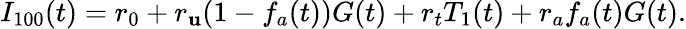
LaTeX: I_{100}(t)=r_{0}+r_{\mathbf{u}}(1-f_{a}(t))G(t)+r_{t}T_{1}(t)+r_{a}f_{a}(t)G(t).